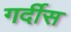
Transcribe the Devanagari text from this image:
गर्दीस